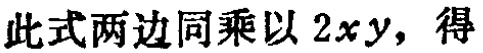
此式两边同乘以 \(2xy\)，得